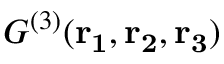
{ G ^ { ( 3 ) } } ( \mathbf { r _ { 1 } , r _ { 2 } , r _ { 3 } } )